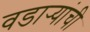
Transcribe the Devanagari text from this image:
वडार्‍यांची